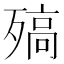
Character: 𣩅